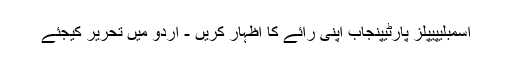
اسمبلیپیپلز پارٹیپنجاب اپنی رائے کا اظہار کریں - اُردو میں تحریر کیجئے